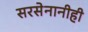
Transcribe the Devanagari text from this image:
सरसेनानीही